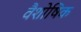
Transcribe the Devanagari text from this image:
वैशोषिक